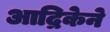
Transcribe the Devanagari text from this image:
आद्रिकेने